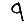
Digit: 9